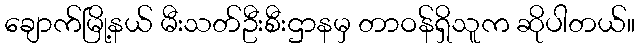
ချောက်မြို့နယ် မီးသတ်ဦးစီးဌာနမှ တာဝန်ရှိသူက ဆိုပါတယ်။